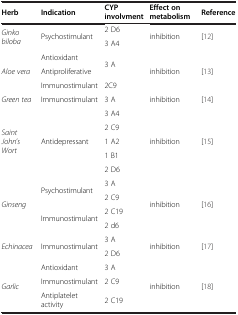
<table><thead><tr><td><b>Herb</b></td><td><b>Indication</b></td><td><b>CYP involvment</b></td><td><b>Effect on metabolism</b></td><td><b>Reference</b></td></tr></thead><tbody><tr><td rowspan="2"><i>Ginko biloba</i></td><td rowspan="2">Psychostimulant</td><td>2 D6</td><td rowspan="2">inhibition</td><td rowspan="2">[12]</td></tr><tr><td>3 A4</td></tr><tr><td rowspan="3"><i>Aloe vera</i></td><td>Antioxidant</td><td rowspan="2">3 A</td><td rowspan="3">inhibition</td><td rowspan="3">[13]</td></tr><tr><td>Antiproliferative</td></tr><tr><td>Immunostimulant</td><td>2C9</td></tr><tr><td><i>Green tea</i></td><td>Immunostimulant</td><td>3 A</td><td>inhibition</td><td>[14]</td></tr><tr><td rowspan="5"><i>Saint John</i>’<i>s Wort</i></td><td rowspan="5">Antidepressant</td><td>3 A4</td><td rowspan="5">inhibition</td><td rowspan="5">[15]</td></tr><tr><td>2 C9</td></tr><tr><td>1 A2</td></tr><tr><td>1 B1</td></tr><tr><td>2 D6</td></tr><tr><td rowspan="4"><i>Ginseng</i></td><td rowspan="2">Psychostimulant</td><td>3 A</td><td rowspan="4">inhibition</td><td rowspan="4">[16]</td></tr><tr><td>2 C9</td></tr><tr><td rowspan="2">Immunostimulant</td><td>2 C19</td></tr><tr><td>2 d6</td></tr><tr><td rowspan="2"><i>Echinacea</i></td><td rowspan="2">Immunostimulant</td><td>3 A</td><td rowspan="2">inhibition</td><td rowspan="2">[17]</td></tr><tr><td>2 D6</td></tr><tr><td rowspan="3"><i>Garlic</i></td><td>Antioxidant</td><td>3 A</td><td rowspan="3">inhibition</td><td rowspan="3">[18]</td></tr><tr><td>Immunostimulant</td><td>2 C9</td></tr><tr><td>Antiplatelet activity</td><td>2 C19</td></tr></tbody></table>